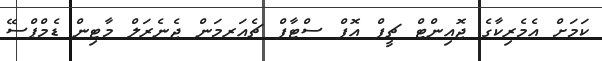
ކަމަށް އެމެރިކާގެ ޖޮއިންޓް ޗީފް އޮފް ސްޓާފް ޗެއަރމަން ޖެނެރަލް މާޓިން ޑެމްޕްސޭ